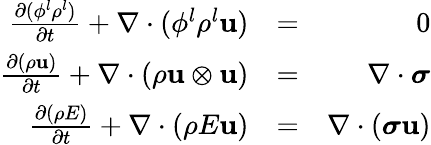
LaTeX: \begin{array}{rlr}{\frac{\partial(\phi^{l}\rho^{l})}{\partial t}+\nabla\cdot(\phi^{l}\rho^{l}\mathbf{u})}&{=}&{0}\\ {\frac{\partial(\rho\mathbf{u})}{\partial t}+\nabla\cdot(\rho\mathbf{u}\otimes\mathbf{u})}&{=}&{\nabla\cdot\boldsymbol\sigma}\\ {\frac{\partial(\rho E)}{\partial t}+\nabla\cdot(\rho E\mathbf{u})}&{=}&{\nabla\cdot(\boldsymbol\sigma\mathbf{u})}\end{array}